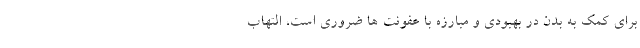
برای کمک به بدن در بهبودی و مبارزه با عفونت ها ضروری است، التهاب